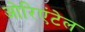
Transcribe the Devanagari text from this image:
ओरिएंटेल